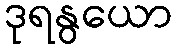
ဒုရနွယော